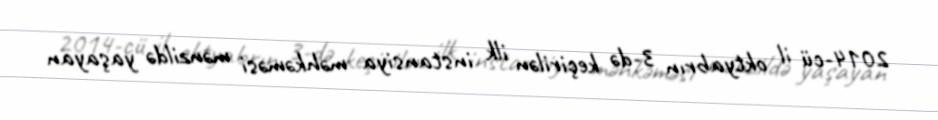
2014-cü il oktyabrın 3-də keçirilən ilk instansiya məhkəməsi mənzildə yaşayan